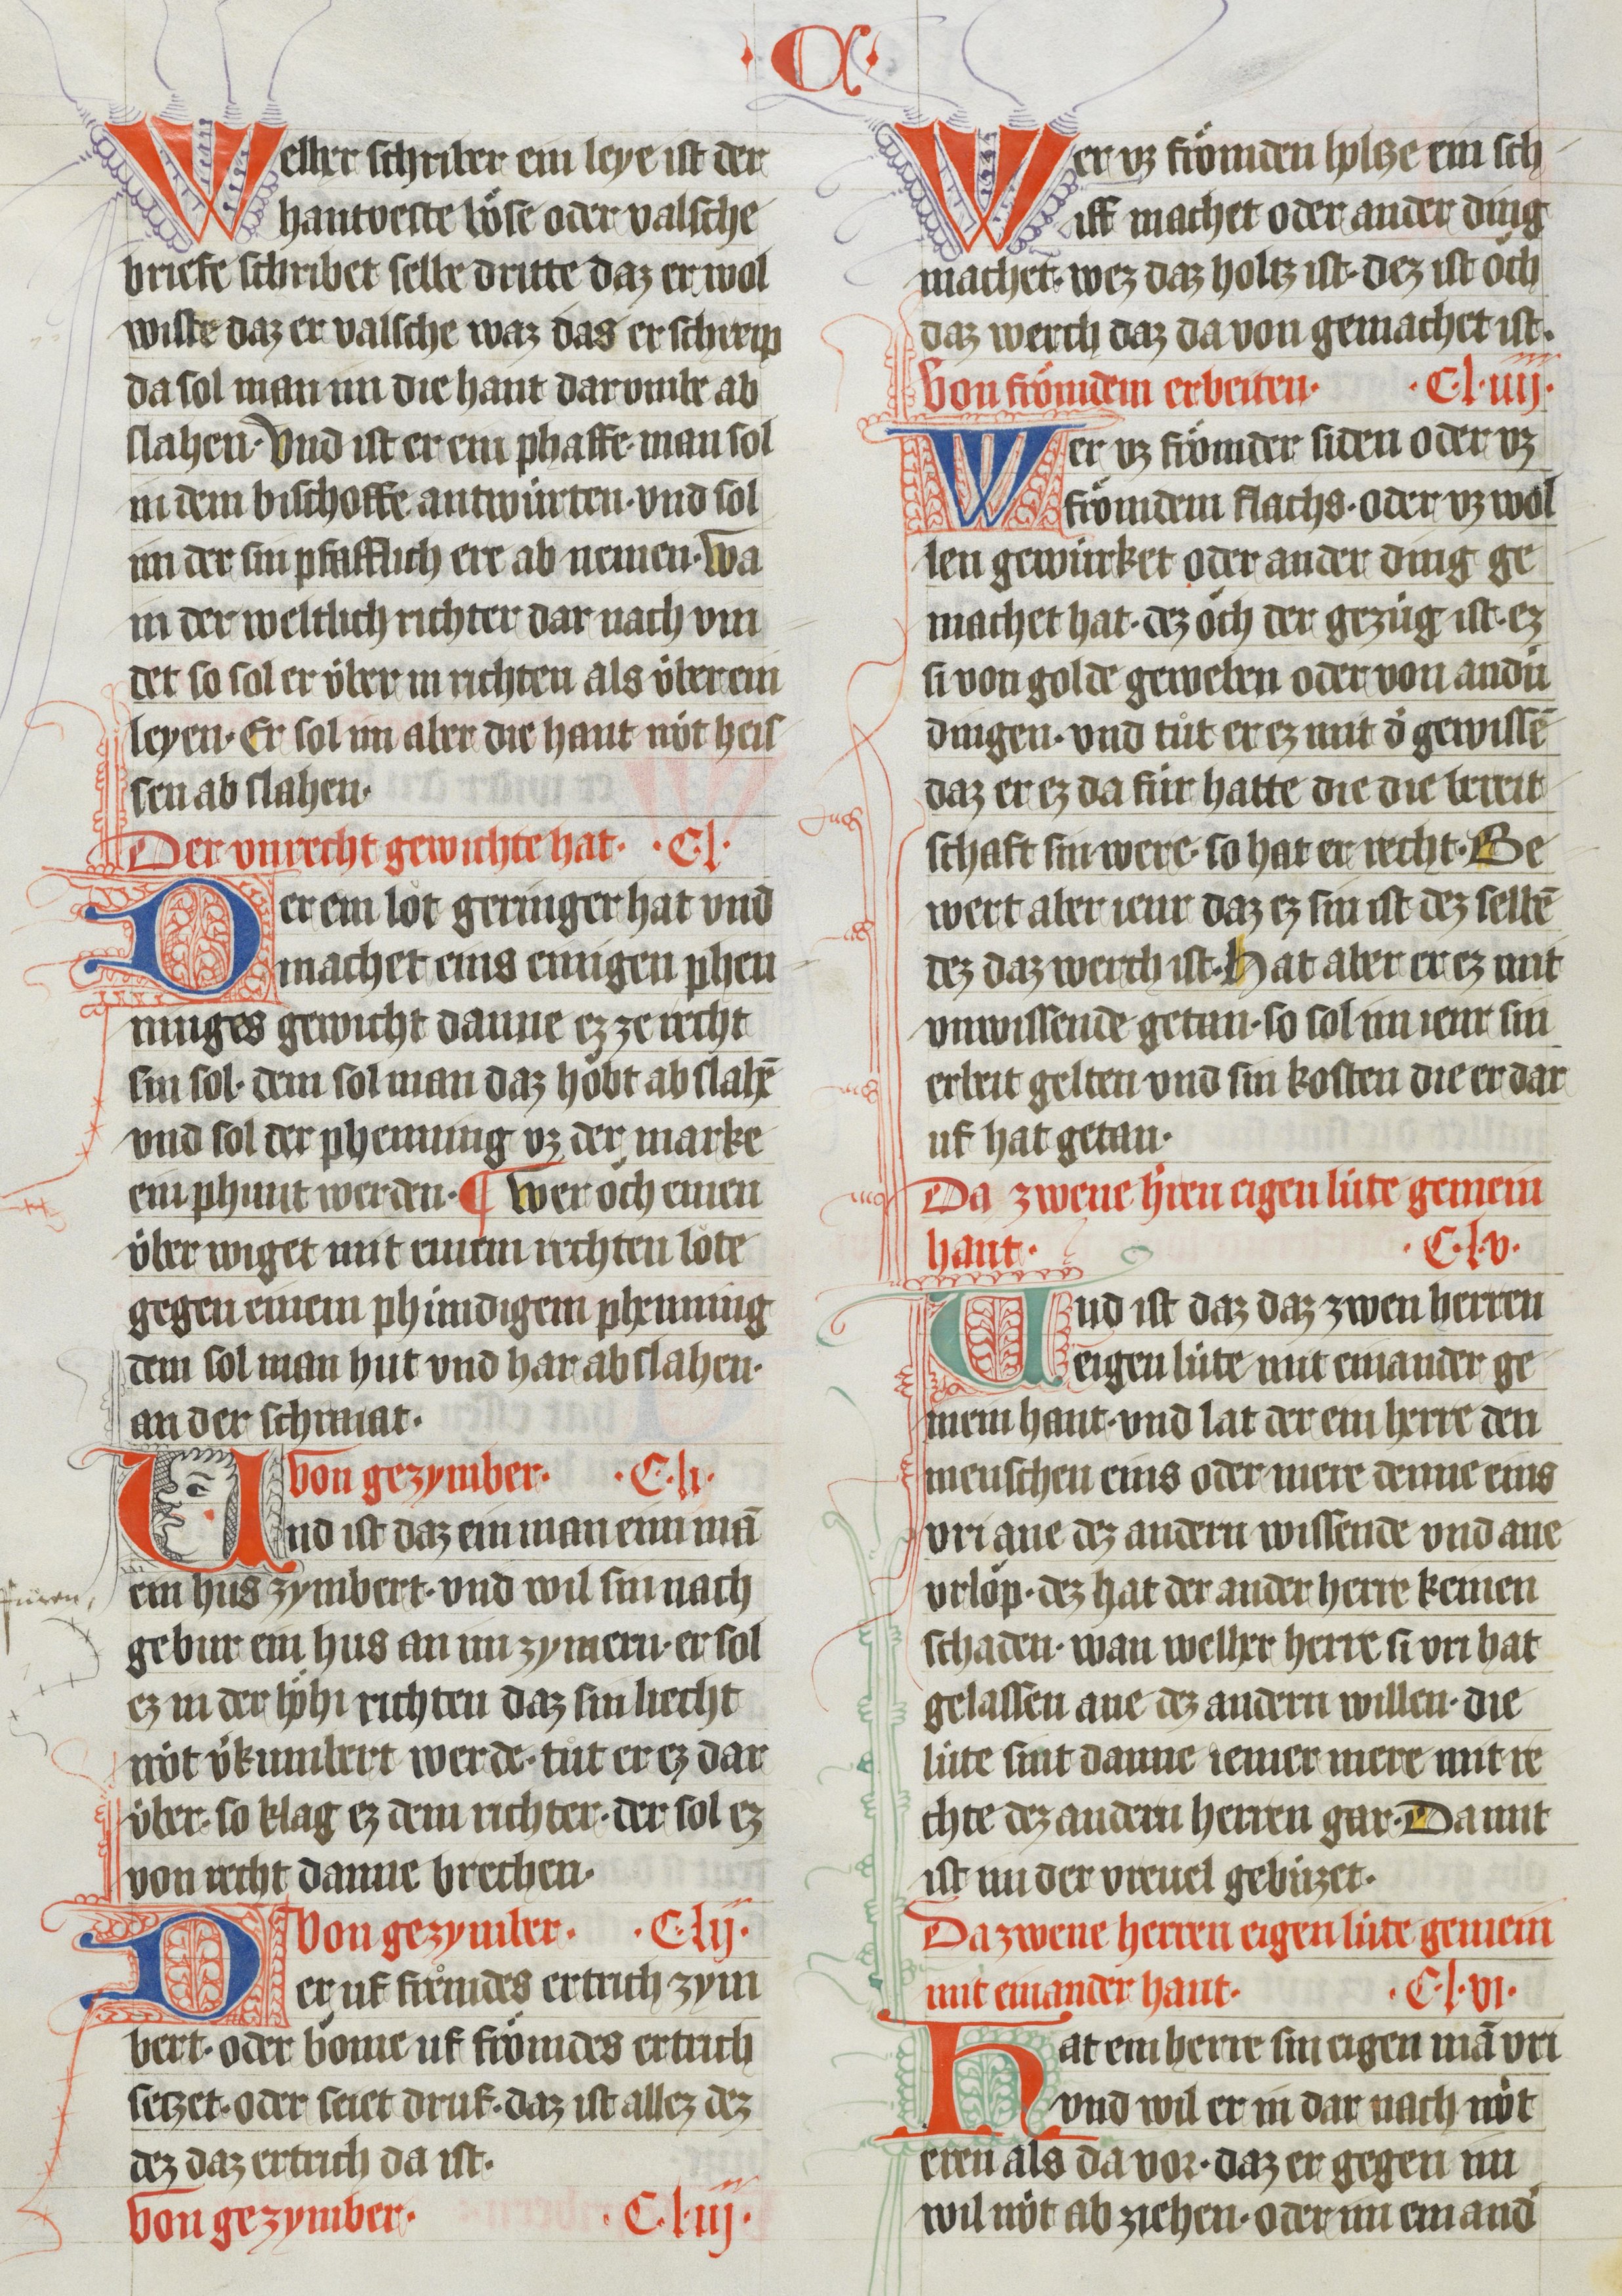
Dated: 1410–1410